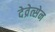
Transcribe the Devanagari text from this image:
देव्रेत्सेन